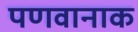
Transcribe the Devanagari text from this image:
पणवानाक